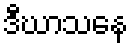
ဒီဃာသနေ